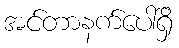
အင်တာနက်ပေါ်ရှိ